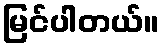
မြင်ပါတယ်။